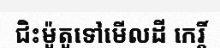
ជិះម៉ូតូទៅមើលដី កេរ្តិ៍